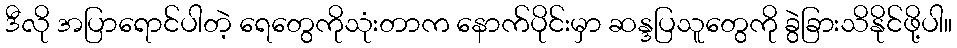
ဒီလို အပြာရောင်ပါတဲ့ ရေတွေကိုသုံးတာက နောက်ပိုင်းမှာ ဆန္ဒပြသူတွေကို ခွဲခြားသိနိုင်ဖို့ပါ။